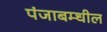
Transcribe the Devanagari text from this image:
पंजाबम्धील